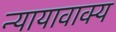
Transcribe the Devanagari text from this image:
न्यायावाक्य